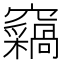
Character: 𫞺